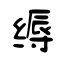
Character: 缛